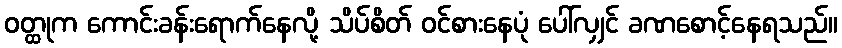
ဝတ္ထုက ကောင်းခန်းရောက်နေလို့ သိပ်စိတ် ဝင်စားနေပုံ ပေါ်လျှင် ခဏစောင့်နေရသည်။